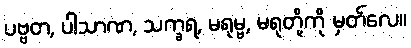
ပဗ္ဗတ, ပါသာဏ, သက္ခရ, မရုမ္ဗ, မရုတို့ကို မှတ်လေ။